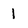
Character: I